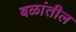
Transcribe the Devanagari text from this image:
बळांतील